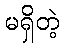
မရှိတဲ့